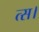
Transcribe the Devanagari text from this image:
त्स।